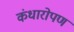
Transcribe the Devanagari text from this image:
कंधारोपण